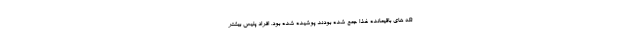
تکه های باقیمانده غذا جمع شده بودند پوشیده شده بود. افراد پلیس بیشتر